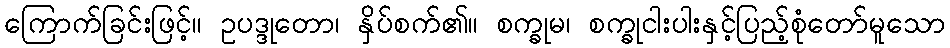
ကြောက်ခြင်းဖြင့်။ ဥပဒ္ဒုတော၊ နှိပ်စက်၏။ စက္ခုမ၊ စက္ခုငါးပါးနှင့်ပြည့်စုံတော်မူသော